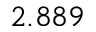
2 . 8 8 9